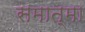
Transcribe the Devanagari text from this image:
समात्मा